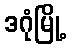
ဒဂုံမြို့